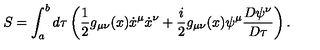
S = \int _ { a } ^ { b } d \tau \left( { \frac { 1 } { 2 } } g _ { \mu \nu } ( x ) \dot { x } ^ { \mu } \dot { x } ^ { \nu } + { \frac { i } { 2 } } g _ { \mu \nu } ( x ) \psi ^ { \mu } { \frac { D \psi ^ { \nu } } { D \tau } } \right) .